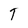
Character: T